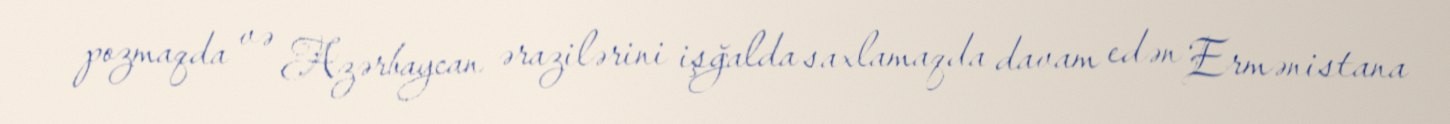
pozmaqda və Azərbaycan ərazilərini işğalda saxlamaqda davam edən Ermənistana